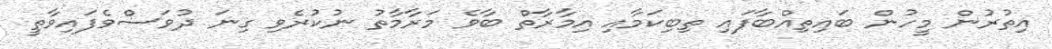
އިތުރުން މީހުން ބައިތިއްބާފައި ތިބިކަމާއި އިމާރާތް ބާވެ މަރާމާތު ނުކުރެވި ގިނަ ދުވަސްވެފައިވާތީ